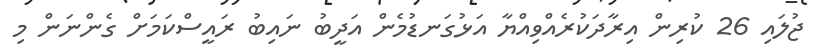
ޖުލައި 26 ކުރިން އިރާދަކުރެއްވިއްޔާ އަޅުގަނޑުމެން އަދީބު ނައިބު ރައީސްކަމަށް ގެންނަން މި